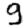
Digit: 9